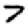
Digit: 7